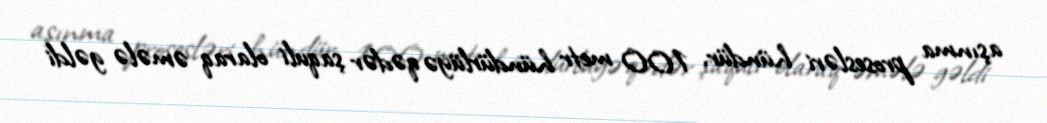
aşınma prosesləri hündür, 100 metr hündürlüyə qədər şaquli olaraq əmələ gəldi